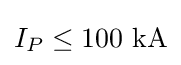
I_{P}\leq 100\ {\text{kA}}